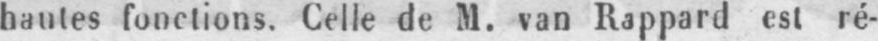
hautes fonctions. Celle de M. van Rappard est ré-